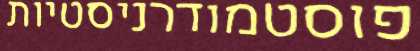
פוסטמודרניסטיות